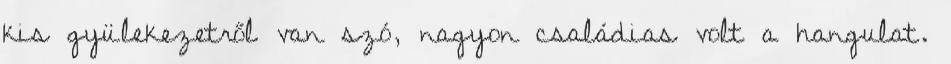
kis gyülekezetről van szó, nagyon családias volt a hangulat.